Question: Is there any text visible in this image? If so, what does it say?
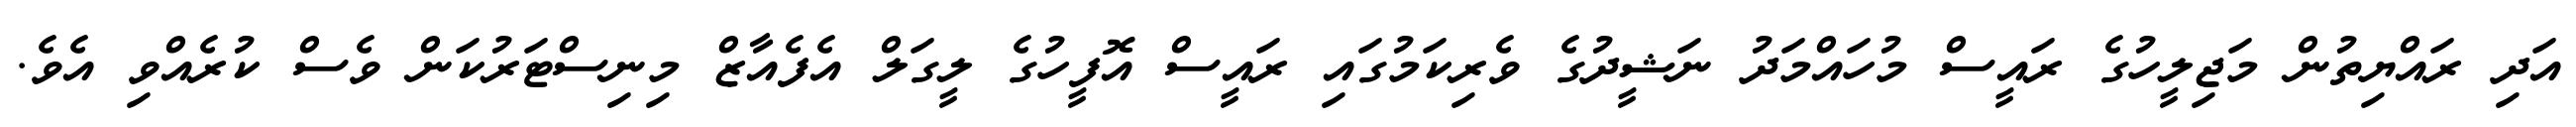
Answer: އަދި ރައްޔިތުން މަޖިލީހުގެ ރައީސް މުހައްމަދު ނަޝީދުގެ ވެރިކަމުގައި ރައީސް އޮފީހުގެ ލީގަލް އެފެއާޒް މިނިސްޓަރުކަން ވެސް ކުރެއްވި އެވެ.